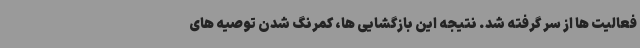
فعالیت ها از سر گرفته شد. نتیجه این بازگشایی ها، کمرنگ شدن توصیه های